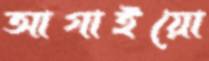
আগাইয়ো